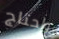
واحتاج